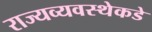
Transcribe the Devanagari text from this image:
राज्यव्यवस्थेकडे